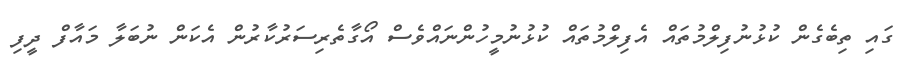
ގައި ތިބެގެން ކުޅުނުފިލްމުތައް އެފިލްމުތައް ކުޅުނުމީހުންނައްވެސް އޯގާތެރިސަރުކާރުން އެކަން ނުބަލާ މައާފް ދީފި